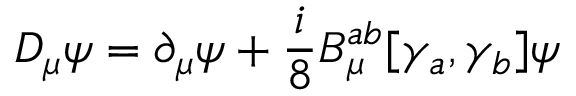
D _ { \mu } \psi = \partial _ { \mu } \psi + \frac { i } { 8 } B _ { \mu } ^ { a b } [ \gamma _ { a } , \gamma _ { b } ] \psi